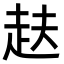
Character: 𮚴